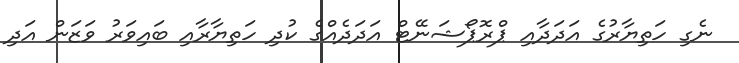
ނެގި ހަތިޔާރުގެ އަދަދާއި ޕްރޮޕޯޝަނޭޓް އަދަދެއްގެ ކުދި ހަތިޔާރާއި ބައިވަރު ވަޒަން އަދި